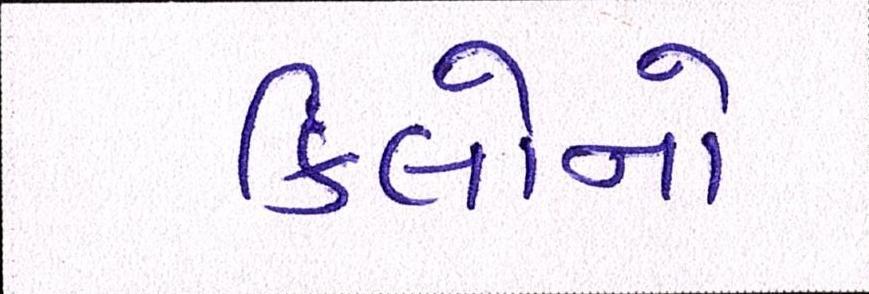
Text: કિલોનો